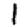
Digit: 1